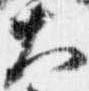
大